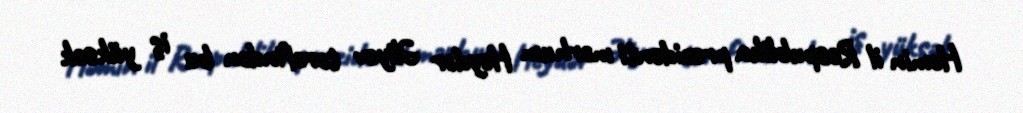
Həmin il Respublika prezidenti mərhum Heydər Əliyev tərəfindən bu iş yüksək